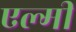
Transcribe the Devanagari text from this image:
एल्मी